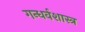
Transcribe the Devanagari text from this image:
गन्धर्वशास्त्र